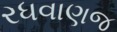
રધવાણજ